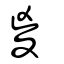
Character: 𡕰